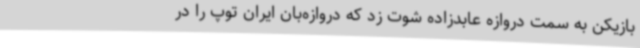
بازیکن به سمت دروازه عابدزاده شوت زد که دروازه‌بان ایران توپ را در